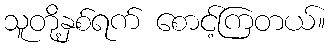
သူတို့နှစ်ရက် စောင့်ကြတယ်။